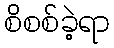
စိစစ်ခဲ့ရာ